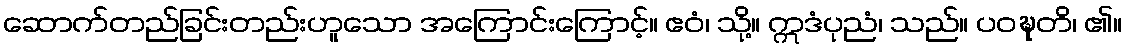
ဆောက်တည်ခြင်းတည်းဟူသော အကြောင်းကြောင့်။ ဧဝံ၊ သို့။ ဣဒံပုညံ၊ သည်။ ပဝဍ္ဎတိ၊ ၏။